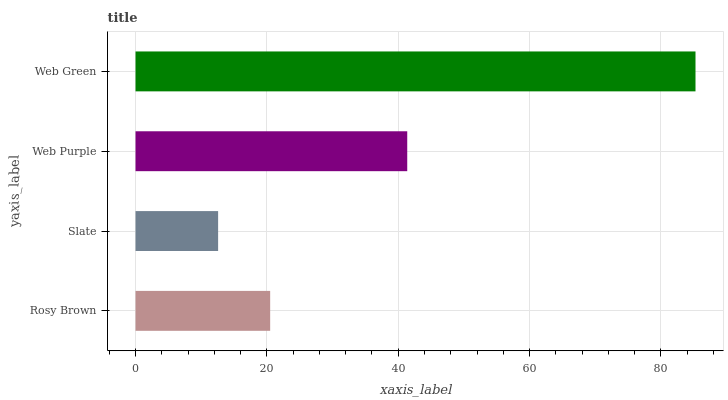
| yaxis_label | bars |
 | --- | --- |
 | Rosy Brown | 20.5 |
 | Slate | 12.6 |
 | Web Purple | 41.4 |
 | Web Green | 85.3 |